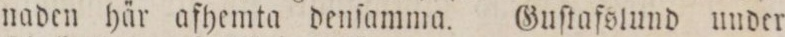
naden här afhemta denſamma. Guſtafslund under